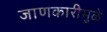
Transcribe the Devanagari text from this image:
जाणकारीमुळे